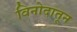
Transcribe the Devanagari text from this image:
विनोदातून